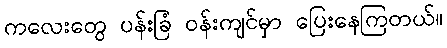
ကလေးတွေ ပန်းခြံ ဝန်းကျင်မှာ ပြေးနေကြတယ်။